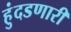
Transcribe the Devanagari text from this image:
हुंदडणारी